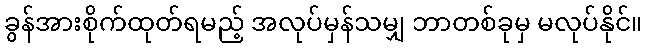
ခွန်အားစိုက်ထုတ်ရမည့် အလုပ်မှန်သမျှ ဘာတစ်ခုမှ မလုပ်နိုင်။